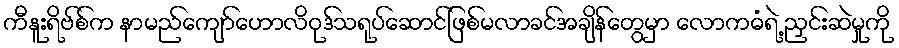
ကီနူးရိဗ်စ်က နာမည်ကျော်ဟောလိဝုဒ်သရုပ်ဆောင်ဖြစ်မလာခင်အချိန်တွေမှာ လောကဓံရဲ့ ညှင်းဆဲမှုကို